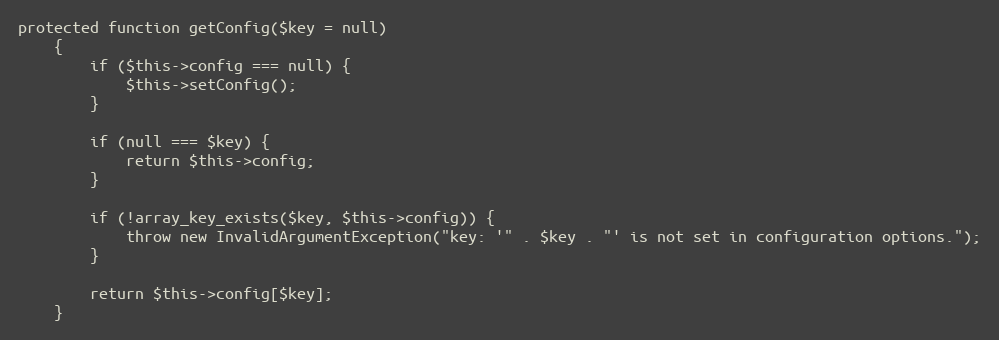
Language: PHP
protected function getConfig($key = null)
    {
        if ($this->config === null) {
            $this->setConfig();
        }

        if (null === $key) {
            return $this->config;
        }

        if (!array_key_exists($key, $this->config)) {
            throw new InvalidArgumentException("key: '" . $key . "' is not set in configuration options.");
        }

        return $this->config[$key];
    }